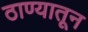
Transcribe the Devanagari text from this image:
ठाण्यातून